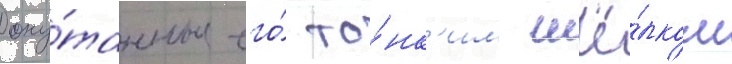
оку́танные его́ то́нк'им шё́лком